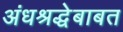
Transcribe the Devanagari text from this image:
अंधश्रद्धेबाबत